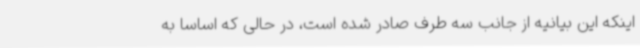
اینکه این بیانیه از جانب سه طرف صادر شده است، در حالی که اساساً به